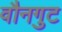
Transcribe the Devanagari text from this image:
वौनगुट